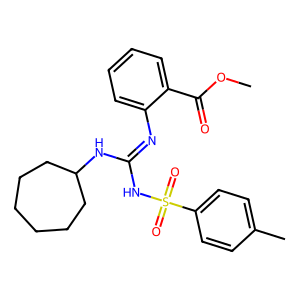
SMILES: COC(=O)c1ccccc1N=C(NC1CCCCCC1)NS(=O)(=O)c1ccc(C)cc1
Inhibits HIV replication: No